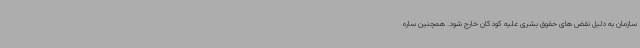
سازمان به دلیل نقض های حقوق بشری علیه کودکان خارج شود. همچنین ساره